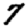
Digit: 7